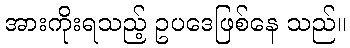
အားကိုးရသည့် ဥပဒေဖြစ်နေ သည်။